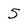
Character: 5